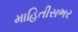
માહિતીસભર